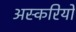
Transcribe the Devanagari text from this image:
अस्करियों